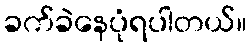
ခက်ခဲနေပုံရပါတယ်။